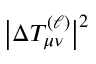
\big | \Delta T _ { \mu \nu } ^ { ( \ell ) } \big | ^ { 2 }